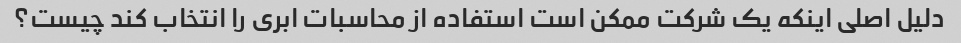
دلیل اصلی اینکه یک شرکت ممکن است استفاده از محاسبات ابری را انتخاب کند چیست؟